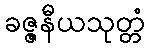
ခဇ္ဇနီယသုတ္တံ